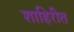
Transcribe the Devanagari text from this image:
शाहिरीत